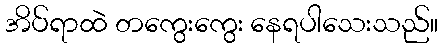
အိပ်ရာထဲ တကွေးကွေး နေရပါသေးသည်။